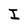
Character: I